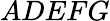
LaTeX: ADEFG